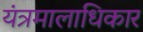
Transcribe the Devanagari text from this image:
यंत्रमालाधिकार